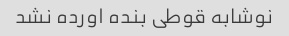
نوشابه قوطی بنده اورده نشد